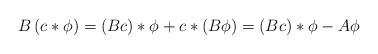
LaTeX: \begin{align*}B\left(c*\phi\right)=(Bc)*\phi+c*\left(B\phi\right)=(Bc)*\phi-A\phi\end{align*}